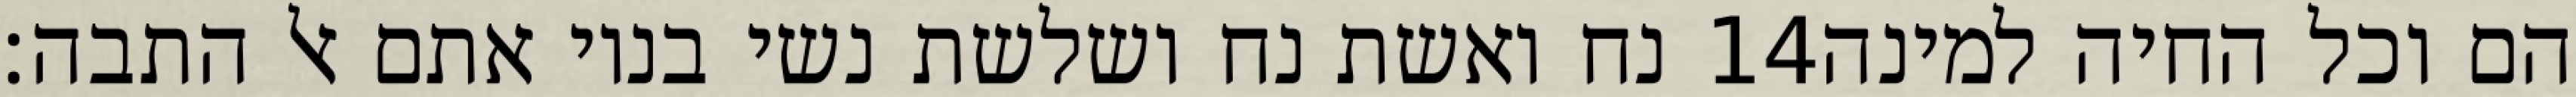
נח ואשת נח ושלשת נשי בניו אתם אל התבה׃ ‎14‏ הם וכל החיה למינה